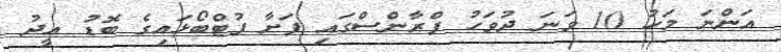
އަންނަ މަހު 10 ވަނަ ދުވަހު ފްރާންސްގައި ފަށާ ފުޓްބޯޅައިގެ ބޮޑު އީދު